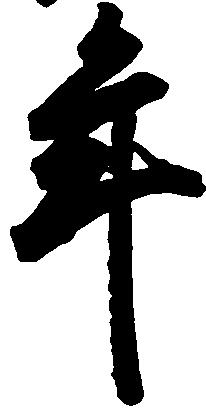
年